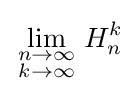
\lim _{\begin{smallmatrix}n\rightarrow \infty \\k\rightarrow \infty \end{smallmatrix}}H_{n}^{k}